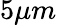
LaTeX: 5\mu m